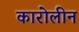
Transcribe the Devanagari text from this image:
कारोलीन